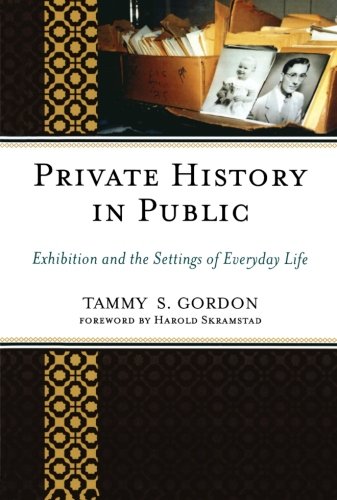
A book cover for Private History in Public: Exhibition and the Settings of Everyday Life (American Association for State and Local History); Tammy S. Gordon; Business & Money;